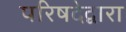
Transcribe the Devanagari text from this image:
परिषदेद्वारा